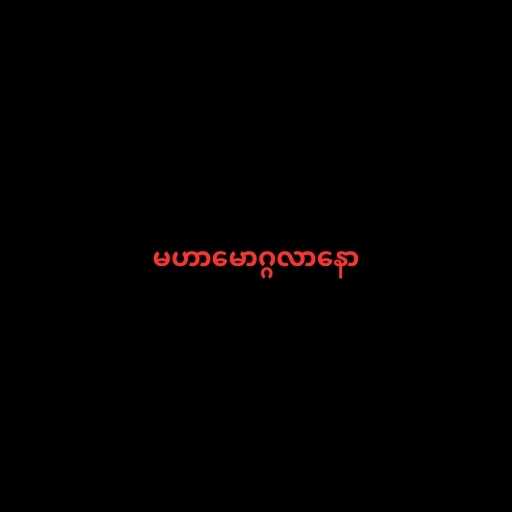
မဟာမောဂ္ဂလာနော